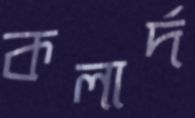
কলার্দ